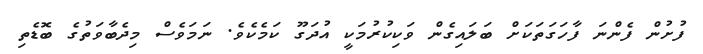
ފުށުން ފެންނަ ފާހަގަތަކަށް ބަލައިގެން ވަކިކުރުމަކީ އުދަގޫ ކަމެކެވެ. ނަމަވެސް މިދެބާވަތުގެ ބޮޑެތި